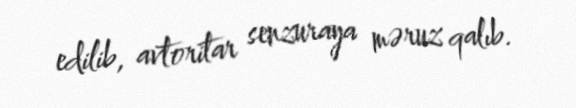
edilib, avtoritar senzuraya məruz qalıb.